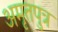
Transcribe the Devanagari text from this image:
अमृतपुत्र